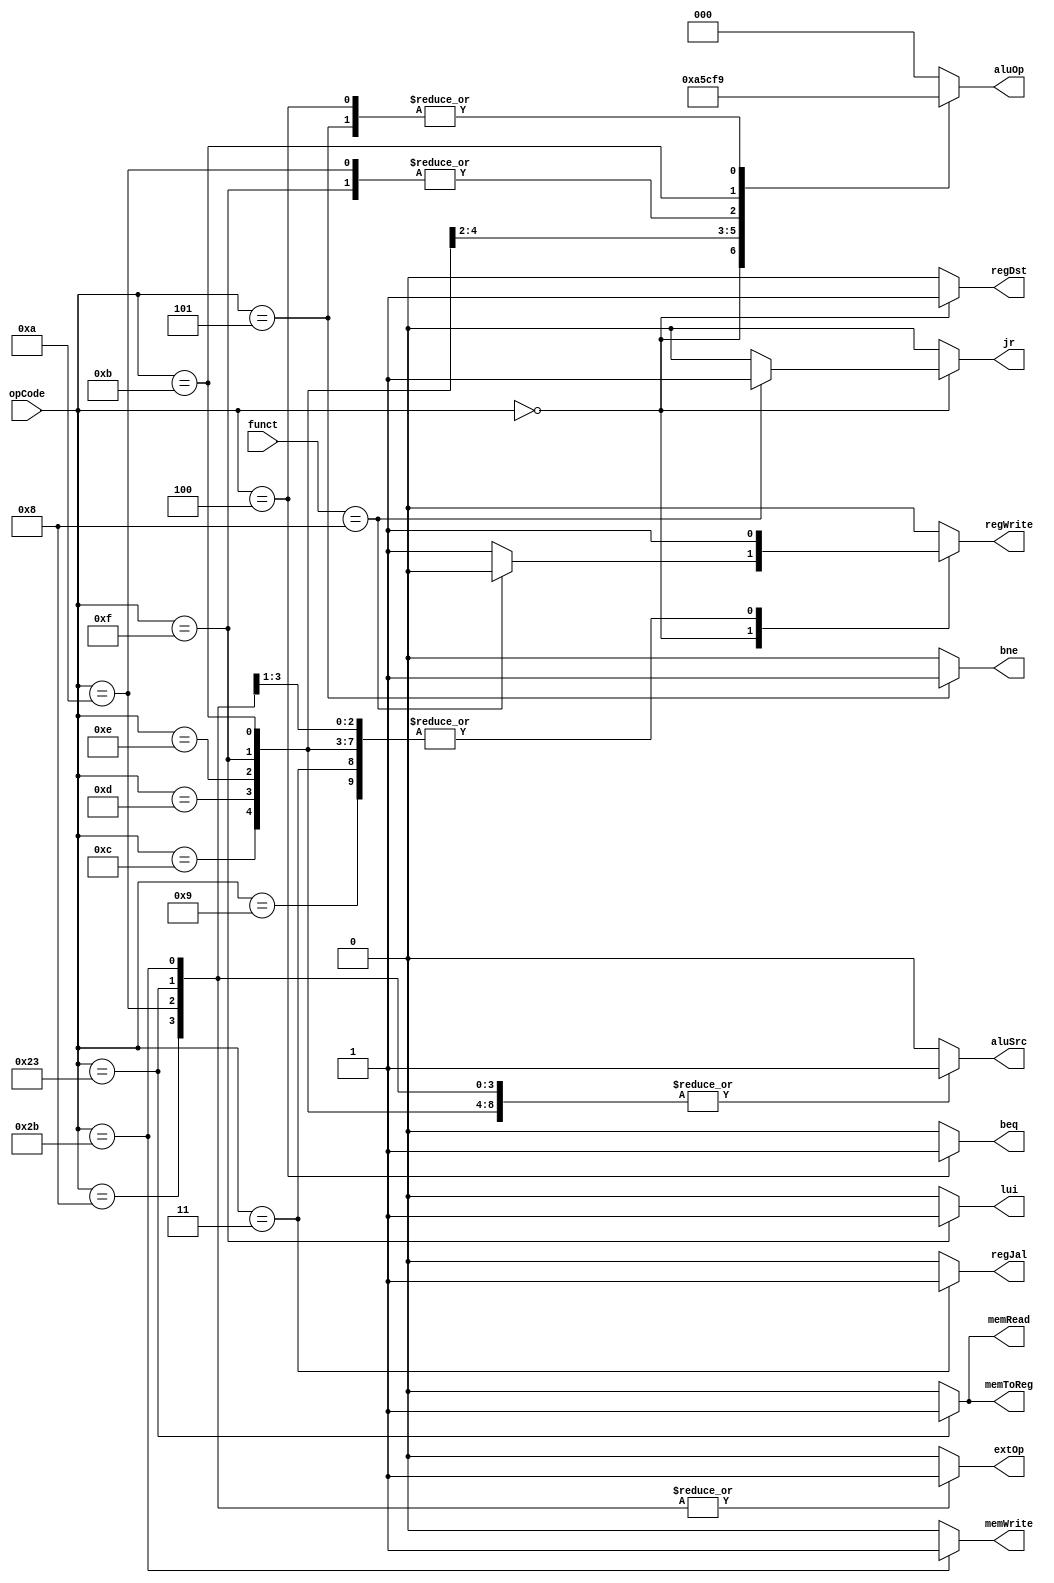
`timescale 1ns / 1ps
//////////////////////////////////////////////////////////////////////////////////
// Company: 
// Engineer: 
// 
// Design Name: 
// Module Name: Ctr
// Project Name: 
// Target Devices: 
// Tool Versions: 
// Description: 
// 
// Dependencies: 
// 
// Revision:
// Revision 0.01 - File Created
// Additional Comments:
// 
//////////////////////////////////////////////////////////////////////////////////


module Ctr(
    input [5:0] opCode,
    input [5:0] funct,
    output reg regDst,
    output reg regJal,
    output reg aluSrc,
    output reg lui,
    output reg memToReg,
    output reg regWrite,
    output reg memRead,
    output reg memWrite,
    output reg beq,
    output reg bne,
    output reg [2:0] aluOp,
    output reg jr,
    output reg extOp
    );

    always @(opCode or funct) begin
        case (opCode)
        6'b000000: begin // R type
            if (funct == 6'b001000) begin // jr
                regDst = 1; // x
                regJal = 0; // x
                aluSrc = 0; // x
                lui = 0;
                memToReg = 0; // x
                regWrite = 0;
                memRead = 0; // x
                memWrite = 0;
                beq = 0;
                bne = 0; // x
                aluOp = 3'b010; // x
                jr = 1;
                extOp = 0; // x
            end else begin // others
                regDst = 1;
                regJal = 0;
                aluSrc = 0;
                lui = 0;
                memToReg = 0;
                regWrite = 1;
                memRead = 0;
                memWrite = 0;
                beq = 0;
                bne = 0;
                aluOp = 3'b010;
                jr = 0;
                extOp = 0; // x
            end
        end

        6'b001000: begin // addi
            regDst = 0;
            regJal = 0;
            aluSrc = 1;
            lui = 0;
            memToReg = 0;
            regWrite = 1;
            memRead = 0;
            memWrite = 0;
            beq = 0;
            bne = 0;
            aluOp = 3'b000;
            jr = 0;
            extOp = 1;
        end
        6'b001001: begin // addiu
            regDst = 0;
            regJal = 0;
            aluSrc = 1;
            lui = 0;
            memToReg = 0;
            regWrite = 1;
            memRead = 0;
            memWrite = 0;
            beq = 0;
            bne = 0;
            aluOp = 3'b000;
            jr = 0;
            extOp = 0;
        end
        6'b001100: begin // andi
            regDst = 0;
            regJal = 0;
            aluSrc = 1;
            lui = 0;
            memToReg = 0;
            regWrite = 1;
            memRead = 0;
            memWrite = 0;
            beq = 0;
            bne = 0;
            aluOp = 3'b100;
            jr = 0;
            extOp = 0;
        end
        6'b001101: begin // ori
            regDst = 0;
            regJal = 0;
            aluSrc = 1;
            lui = 0;
            memToReg = 0;
            regWrite = 1;
            memRead = 0;
            memWrite = 0;
            beq = 0;
            bne = 0;
            aluOp = 3'b101;
            jr = 0;
            extOp = 0;
        end
        6'b001110: begin // xori
            regDst = 0;
            regJal = 0;
            aluSrc = 1;
            lui = 0;
            memToReg = 0;
            regWrite = 1;
            memRead = 0;
            memWrite = 0;
            beq = 0;
            bne = 0;
            aluOp = 3'b110;
            jr = 0;
            extOp = 0;
        end
        6'b001111: begin // lui
            regDst = 0;
            regJal = 0;
            aluSrc = 1;
            lui = 1;
            memToReg = 0;
            regWrite = 1;
            memRead = 0;
            memWrite = 0;
            beq = 0;
            bne = 0;
            aluOp = 3'b011;
            jr = 0;
            extOp = 0; // x
        end
        6'b001010: begin // slti
            regDst = 0;
            regJal = 0;
            aluSrc = 1;
            lui = 0;
            memToReg = 0;
            regWrite = 1;
            memRead = 0;
            memWrite = 0;
            beq = 0;
            bne = 0;
            aluOp = 3'b011;
            jr = 0;
            extOp = 1;
        end
        6'b001011: begin // sltiu
            regDst = 0;
            regJal = 0;
            aluSrc = 1;
            lui = 0;
            memToReg = 0;
            regWrite = 1;
            memRead = 0;
            memWrite = 0;
            beq = 0;
            bne = 0;
            aluOp = 3'b111;
            jr = 0;
            extOp = 0;
        end
        6'b100011: begin // lw
            regDst = 0;
            regJal = 0;
            aluSrc = 1;
            lui = 0;
            memToReg = 1;
            regWrite = 1;
            memRead = 1;
            memWrite = 0;
            beq = 0;
            bne = 0;
            aluOp = 3'b000;
            jr = 0;
            extOp = 1;
        end
        6'b101011: begin // sw
            regDst = 0;
            regJal = 0;
            aluSrc = 1;
            lui = 0;
            memToReg = 0;
            regWrite = 0;
            memRead = 0;
            memWrite = 1;
            beq = 0;
            bne = 0;
            aluOp = 3'b000;
            jr = 0;
            extOp = 1;
        end
        6'b000101: begin // bne
            regDst = 0;
            regJal = 0;
            aluSrc = 0;
            lui = 0;
            memToReg = 0;
            regWrite = 0;
            memRead = 0;
            memWrite = 0;
            beq = 0;
            bne = 1;
            aluOp = 3'b001; // x
            jr = 0;
            extOp = 0; // x
        end
        6'b000100: begin // beq
            regDst = 0;
            regJal = 0;
            aluSrc = 0;
            lui = 0;
            memToReg = 0;
            regWrite = 0;
            memRead = 0;
            memWrite = 0;
            beq = 1;
            bne = 0;
            aluOp = 3'b001; // x
            jr = 0;
            extOp = 0; // x
        end
        6'b000010: begin // j
            regDst = 0; // x
            regJal = 0; // x
            aluSrc = 0; // x
            lui = 0;
            memToReg = 0; // x
            regWrite = 0;
            memRead = 0; // x
            memWrite = 0;
            beq = 0;
            bne = 0; // x
            aluOp = 3'b000; // x
            jr = 0;
            extOp = 0; // x
        end
        6'b000011: begin // jal
            regDst = 0;
            regJal = 1;
            aluSrc = 0;
            lui = 0;
            memToReg = 0;
            regWrite = 1;
            memRead = 0;
            memWrite = 0;
            beq = 0;
            bne = 0;
            aluOp = 3'b000;
            jr = 0;
            extOp = 0; // x
        end
        default: begin
            regDst = 0;
            regJal = 0;
            aluSrc = 0;
            lui = 0;
            memToReg = 0;
            regWrite = 0;
            memRead = 0;
            memWrite = 0;
            beq = 0;
            bne = 0;
            aluOp = 3'b000;
            jr = 0;
            extOp = 0;
        end
        endcase
    end

endmodule